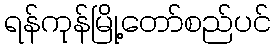
ရန်ကုန်မြို့တော်စည်ပင်